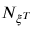
N _ { { \xi } ^ { T } }